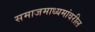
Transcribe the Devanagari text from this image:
समाजमाध्यमांवरील